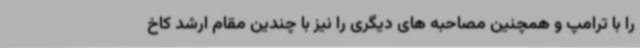
را با ترامپ و همچنین مصاحبه های دیگری را نیز با چندین مقام ارشد کاخ